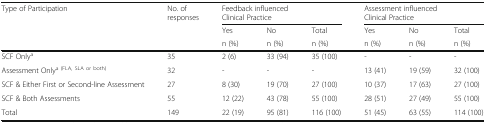
<table><thead><tr><td rowspan="3"><b>Type of Participation</b></td><td rowspan="3"><b>No. of responses</b></td><td colspan="3"><b>Feedback influencedClinical Practice</b></td><td colspan="3"><b>Assessment influencedClinical Practice</b></td></tr><tr><td><b>Yes</b></td><td><b>No</b></td><td><b>Total</b></td><td><b>Yes</b></td><td><b>No</b></td><td><b>Total</b></td></tr><tr><td><b>n (%)</b></td><td><b>n (%)</b></td><td><b>n (%)</b></td><td><b>n (%)</b></td><td><b>n (%)</b></td><td><b>n (%)</b></td></tr></thead><tbody><tr><td>SCF Only<sup>a</sup></td><td>35</td><td>2 (6)</td><td>33 (94)</td><td>35 (100)</td><td>-</td><td>-</td><td>-</td></tr><tr><td>Assessment Only<sup>a (FLA, SLA or both)</sup></td><td>32</td><td>-</td><td>-</td><td>-</td><td>13 (41)</td><td>19 (59)</td><td>32 (100)</td></tr><tr><td>SCF &amp; Either First or Second-line Assessment</td><td>27</td><td>8 (30)</td><td>19 (70)</td><td>27 (100)</td><td>10 (37)</td><td>17 (63)</td><td>27 (100)</td></tr><tr><td>SCF &amp; Both Assessments</td><td>55</td><td>12 (22)</td><td>43 (78)</td><td>55 (100)</td><td>28 (51)</td><td>27 (49)</td><td>55 (100)</td></tr><tr><td>Total</td><td>149</td><td>22 (19)</td><td>95 (81)</td><td>116 (100)</td><td>51 (45)</td><td>63 (55)</td><td>114 (100)</td></tr></tbody></table>